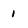
Character: 1